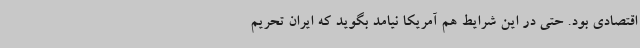
اقتصادی بود. حتی در این شرایط هم آمریکا نیامد بگوید که ایران تحریم